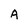
Character: A